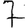
Digit: 7